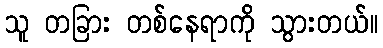
သူ တခြား တစ်နေရာကို သွားတယ်။